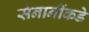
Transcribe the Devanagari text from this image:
सेनानींकडे